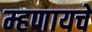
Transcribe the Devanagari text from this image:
म्‍हणायचे